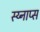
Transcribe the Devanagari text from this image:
स्य्नाप्स